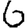
Digit: 6